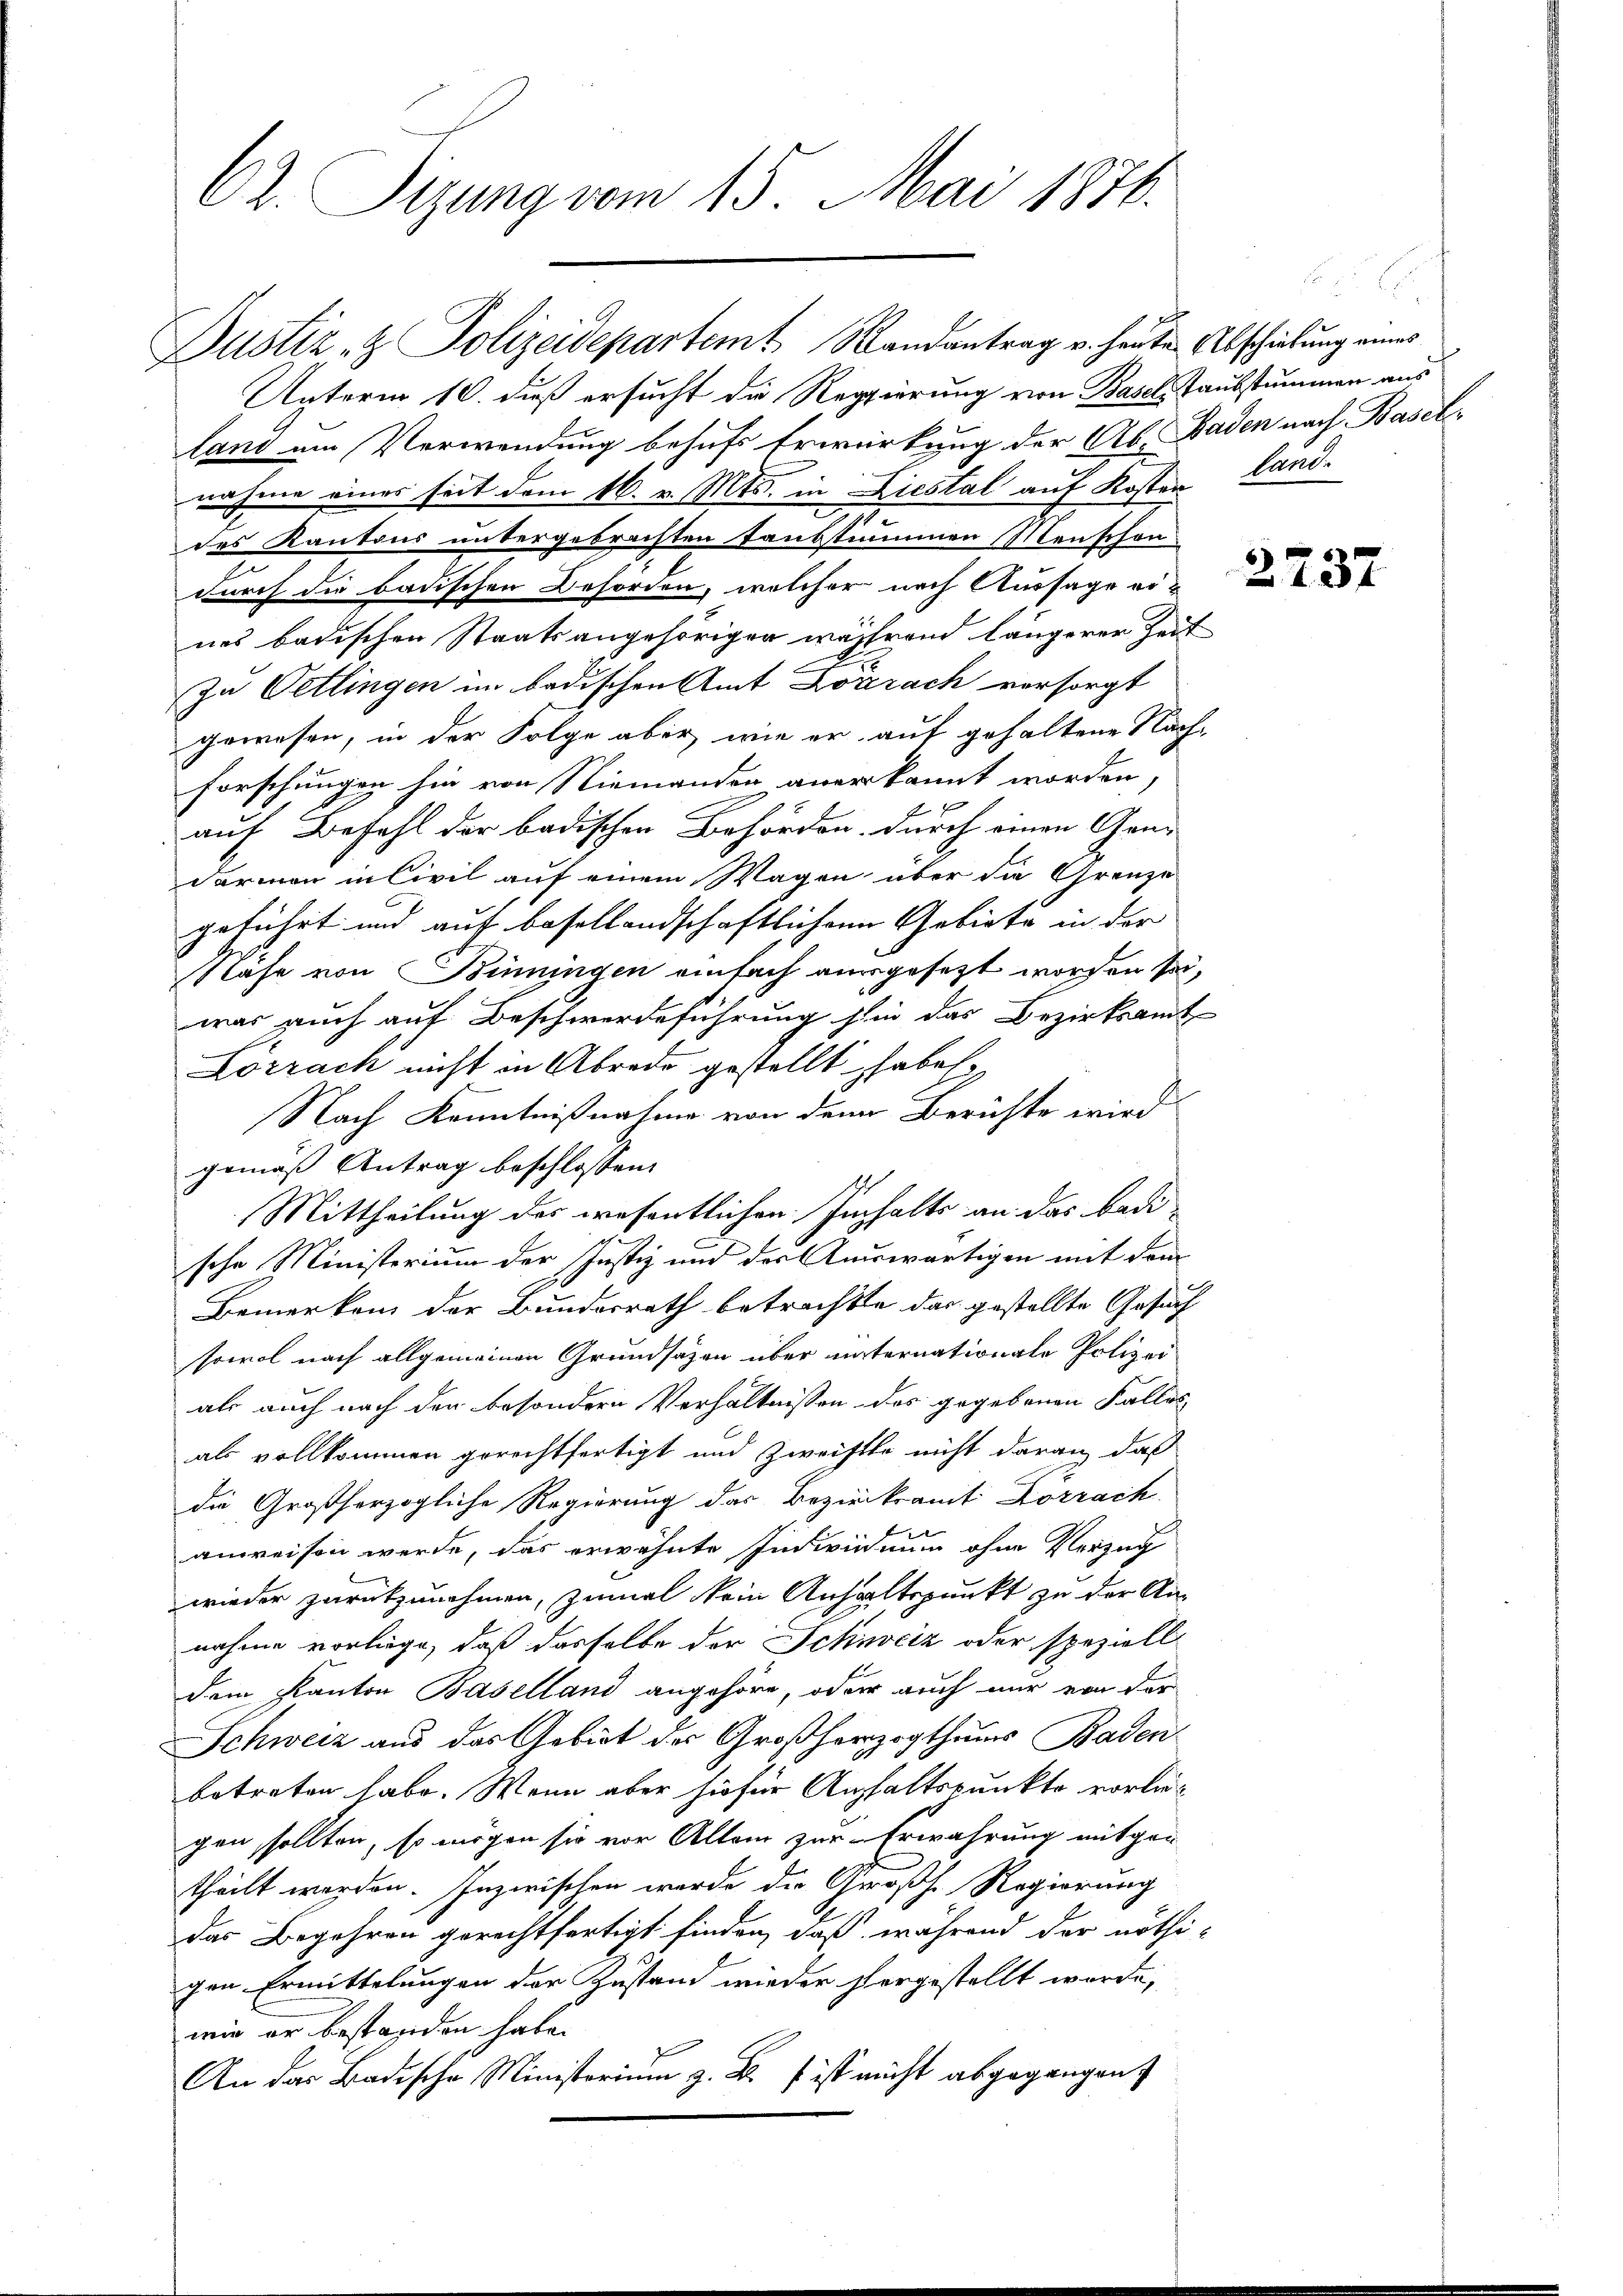
62. Sizung vom 15. Mai 1876.

Dustiz- & Polizeidepartemt Randantrag v. heute Abschiebung eines
Unterm 10. daß ersucht die Regierung von Basel Taubstummen aus
land am Verwendung behufs Erwirkung der Ab. Baden nach Baselnahme eines seit dem 16. v. Mts. in Liestal auf Kosten Landdes Kantons untergebrachten Taubstimmen Menschen
durch die badischen Behörden, welcher nach Aussage ei-
nes badischen Staatsangehöriger während längerer Zeit
Zu Oetlingen im badischen Amt Dobrach versorgt
gewesen, in der Folge aber wie er auf gehaltene Nach-
forschungen hin von Niemander anerkannt worden,
auf Befehl der badischen Behörden, durch einen Gene
darmen in Civil auf einem Wagen über die Grenze
geführt und auf besellandschaftlichen Gebiete in der
Nase von Binningen einfach ausgesetzt worden sei,
was auch auf Beschwerdeführung sie das Bezirksamt
Lorrach nicht in Abrede gestellt haben
c
Nach Kenntnißnahme von den Berichte wird
gemäß Antrag beschlossen:
Mittheilung der wesentlichen Inhalts an das bedi-
sche Ministerium der Justiz und des Auswärtigen mit dem
Bemerken der Bundesrath betrachte das gestellte Gesuch
sowol nach allgemeinen Grundsätzen über unternationale Polizei
als auch nach den besondern Verhältnissen des gegebenen Falles
als vollkommen gerechtfertigt und Zweifle nicht daran, daß
die Großherzogliche Regierung des Bezirksamt Korrach
anweisen werde, das erwähnte Individuum ohne Verzug
wieder zurückzunehmen, zumal kein Anhaltspunkt zu der An-
nahme vorliege, daß dasselbe der Schweiz oder speziell
dem Kanton Baselland angehöre, oder auch nur von der
Schweiz aus das Gebiet der Großherzogthums Baden-
betreten habe. Wenn aber hiefür Aushaltspunkte vorliegen, sollten, so mögen sie vor Alten zur Erwahrung mitgen
theilt werden. Inzwischen werde die Großh. Regierung
das Begehren gerechtfertigt finden, daß während der nöthigen Ermittelungen der Zustand wieder hergestellt wurde,
wie er bestanden habe.
An das Badische Ministerium z. B. Es ist nicht abgegangen

2737